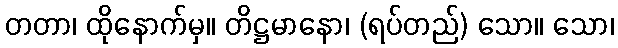
တတာ၊ ထိုနောက်မှ။ တိဋ္ဌမာနော၊ (ရပ်တည်) သော။ သော၊